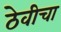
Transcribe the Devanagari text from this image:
ठेवीचा